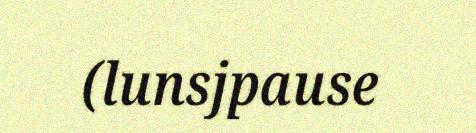
(lunsjpause